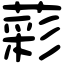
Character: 𦹮